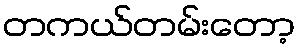
တကယ်တမ်းတော့